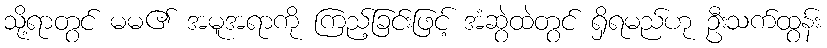
သို့ရာတွင် မမ၏ အမူအရာကို ကြည့်ခြင်းဖြင့် အံဆွဲထဲတွင် ရှိရမည်ဟု ဦးသက်ထွန်း